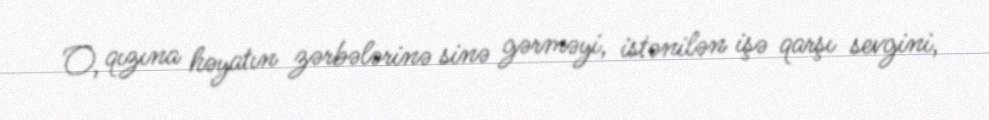
O, qızına həyatın zərbələrinə sinə gərməyi, istənilən işə qarşı sevgini,